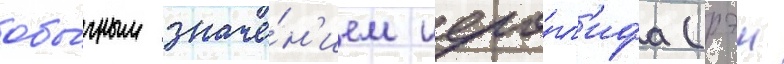
обы́чным значе́н'ием иеро́гл'ифа (рэи